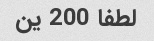
لطفا 200 ین